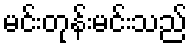
မင်းတုန်းမင်းသည်